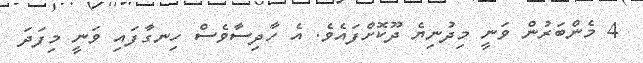
4 މެންބަރުން ވަނީ މިދުނިޔެ ދޫކޮށްފައެވެ. އެ ހާދިސާވެސް ހިނގާފައި ވަނީ މިފަދަ